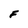
Character: F